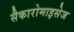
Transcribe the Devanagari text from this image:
सैकारोमाइसेज